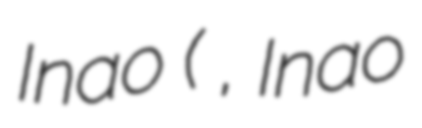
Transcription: Inao (稲尾 和久, Inao